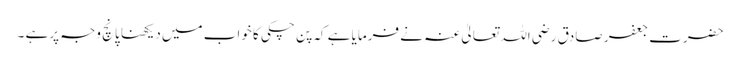
حضرت جعفر صادق رضی اللہ تعالیٰ عنہ نے فرمایا ہے کہ پن چکی کا خواب میں دیکھنا پانچ وجہ پرہے ۔